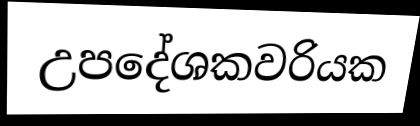
උපදේශකවරියක